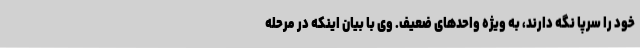
خود را سرپا نگه دارند، به ویژه واحدهای ضعیف. وی با بیان اینکه در مرحله